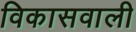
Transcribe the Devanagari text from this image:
विकासवाली